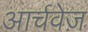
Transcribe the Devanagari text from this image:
आर्चवेज़